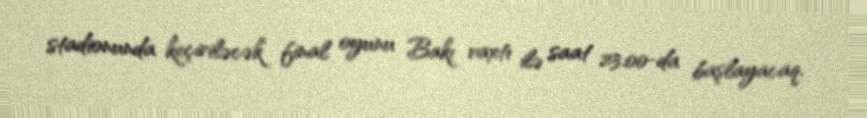
stadionunda keçiriləcək final oyunu Bakı vaxtı ilə saat 23:00-da başlayacaq.